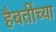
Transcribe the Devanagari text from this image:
हैबतींच्या